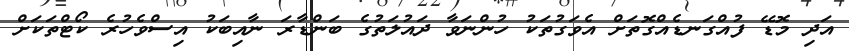
އަދި މޮޑޭ ފުއްގަނޑެއްގޮތަށް އެވަގުތަކު ހުންނަވާ ދައުލަތުގެ ބަންޑާރަ ނާއިބަކު އިސްވެހުރެ ކޯޓްތަކަށް